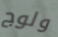
ولوج